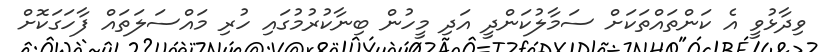
ވިދާޅުވީ އެ ކަންތައްތަކަށް ސަމާލުކަންދީ އަދި މީހުން ބިނާކުރުމުގައި ހުރި މައްސަލަތައް ފާހަގަކޮށް